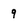
Character: 9